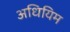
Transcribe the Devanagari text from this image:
अधियिम